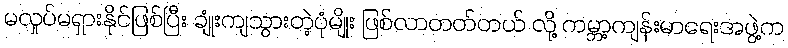
မလှုပ်မရှားနိုင်ဖြစ်ပြီး ချုံးကျသွားတဲ့ပုံမျိုး ဖြစ်လာတတ်တယ် လို့ ကမ္ဘာ့ကျန်းမာရေးအဖွဲ့က